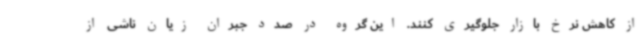
از کاهش نرخ بازار جلوگیری کنند. این گروه در صدد جبران زیان ناشی از